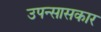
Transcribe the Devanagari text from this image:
उपन्सासकार